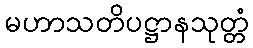
မဟာသတိပဋ္ဌာနသုတ္တံ